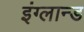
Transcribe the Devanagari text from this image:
इंग्लान्ड